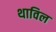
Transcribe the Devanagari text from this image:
थाविल